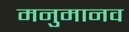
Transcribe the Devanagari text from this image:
मनुमानव